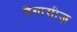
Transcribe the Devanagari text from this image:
पेगासीज़